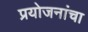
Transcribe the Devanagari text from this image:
प्रयोजनांचा